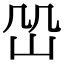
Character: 𡵹